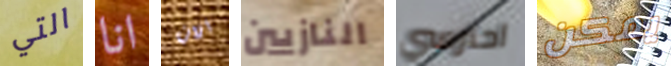
التي انا الآن النازيين احترسي يمكن